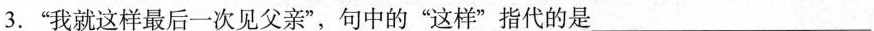
3.“我就这样最后一次见父亲”，句中的“这样”指代的是___